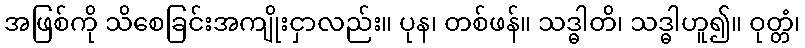
အဖြစ်ကို သိစေခြင်းအကျိုးငှာလည်း။ ပုန၊ တစ်ဖန်။ သဒ္ဓါတိ၊ သဒ္ဓါဟူ၍။ ဝုတ္တံ၊